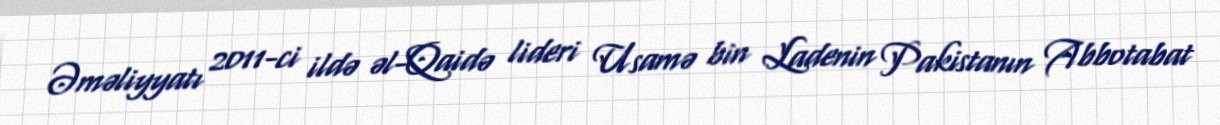
Əməliyyatı 2011-ci ildə əl-Qaidə lideri Usamə bin Ladenin Pakistanın Abbotabat